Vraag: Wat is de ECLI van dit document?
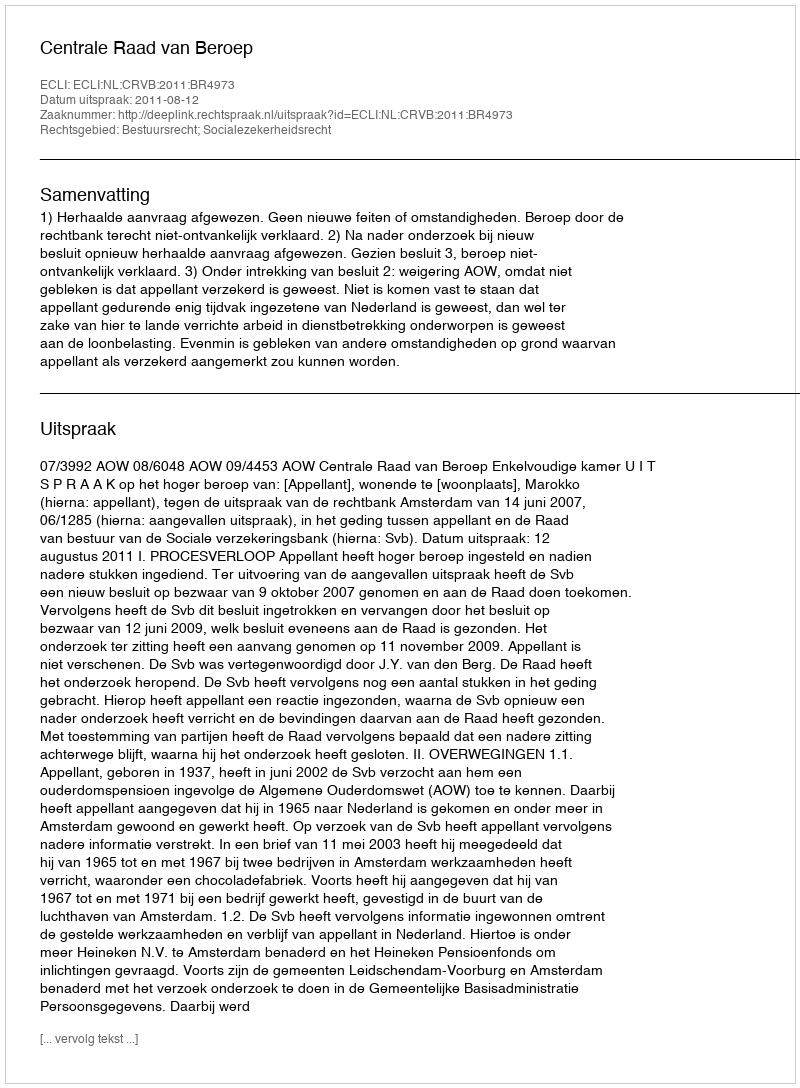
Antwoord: ECLI:NL:CRVB:2011:BR4973